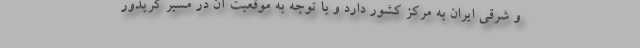
و شرقی ایران به مرکز کشور دارد و با توجه به موقعیت آن در مسیر کریدور